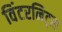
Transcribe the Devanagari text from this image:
विंटरनिट्‌स